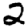
Digit: 2